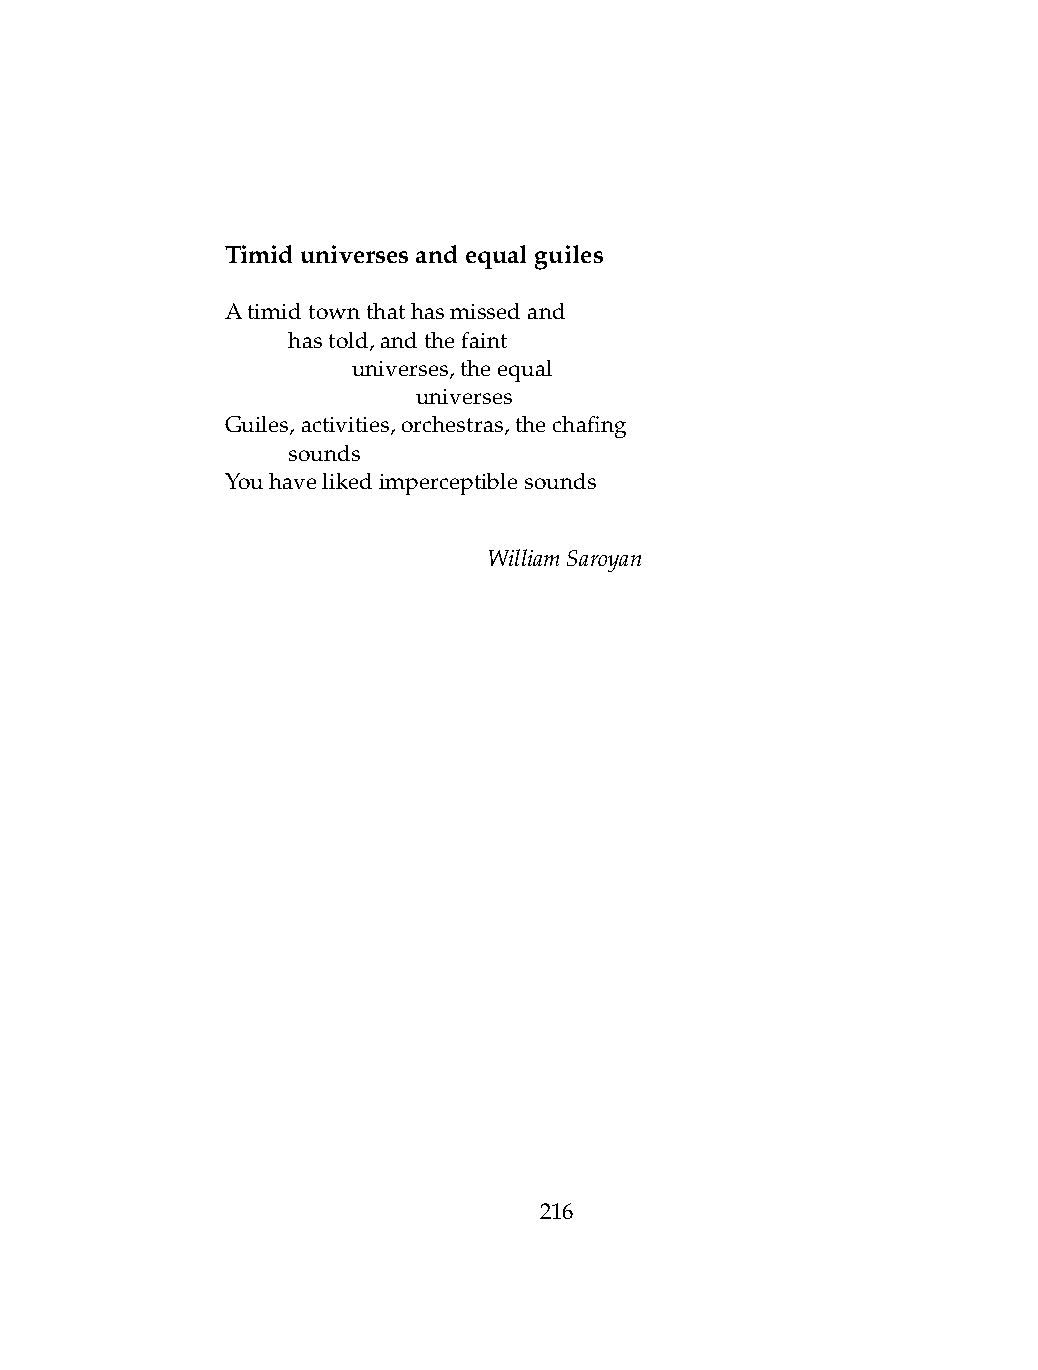
Timiduniversesandequalguiles
 Atimidtownthathasmissedand
 .   hastold,andthefaint
 .   .   universes,theequal
 .   .   .    universes
 Guiles,activities,orchestras,thechafing
 .   sounds
 Youhavelikedimperceptiblesounds
 WilliamSaroyan
 216